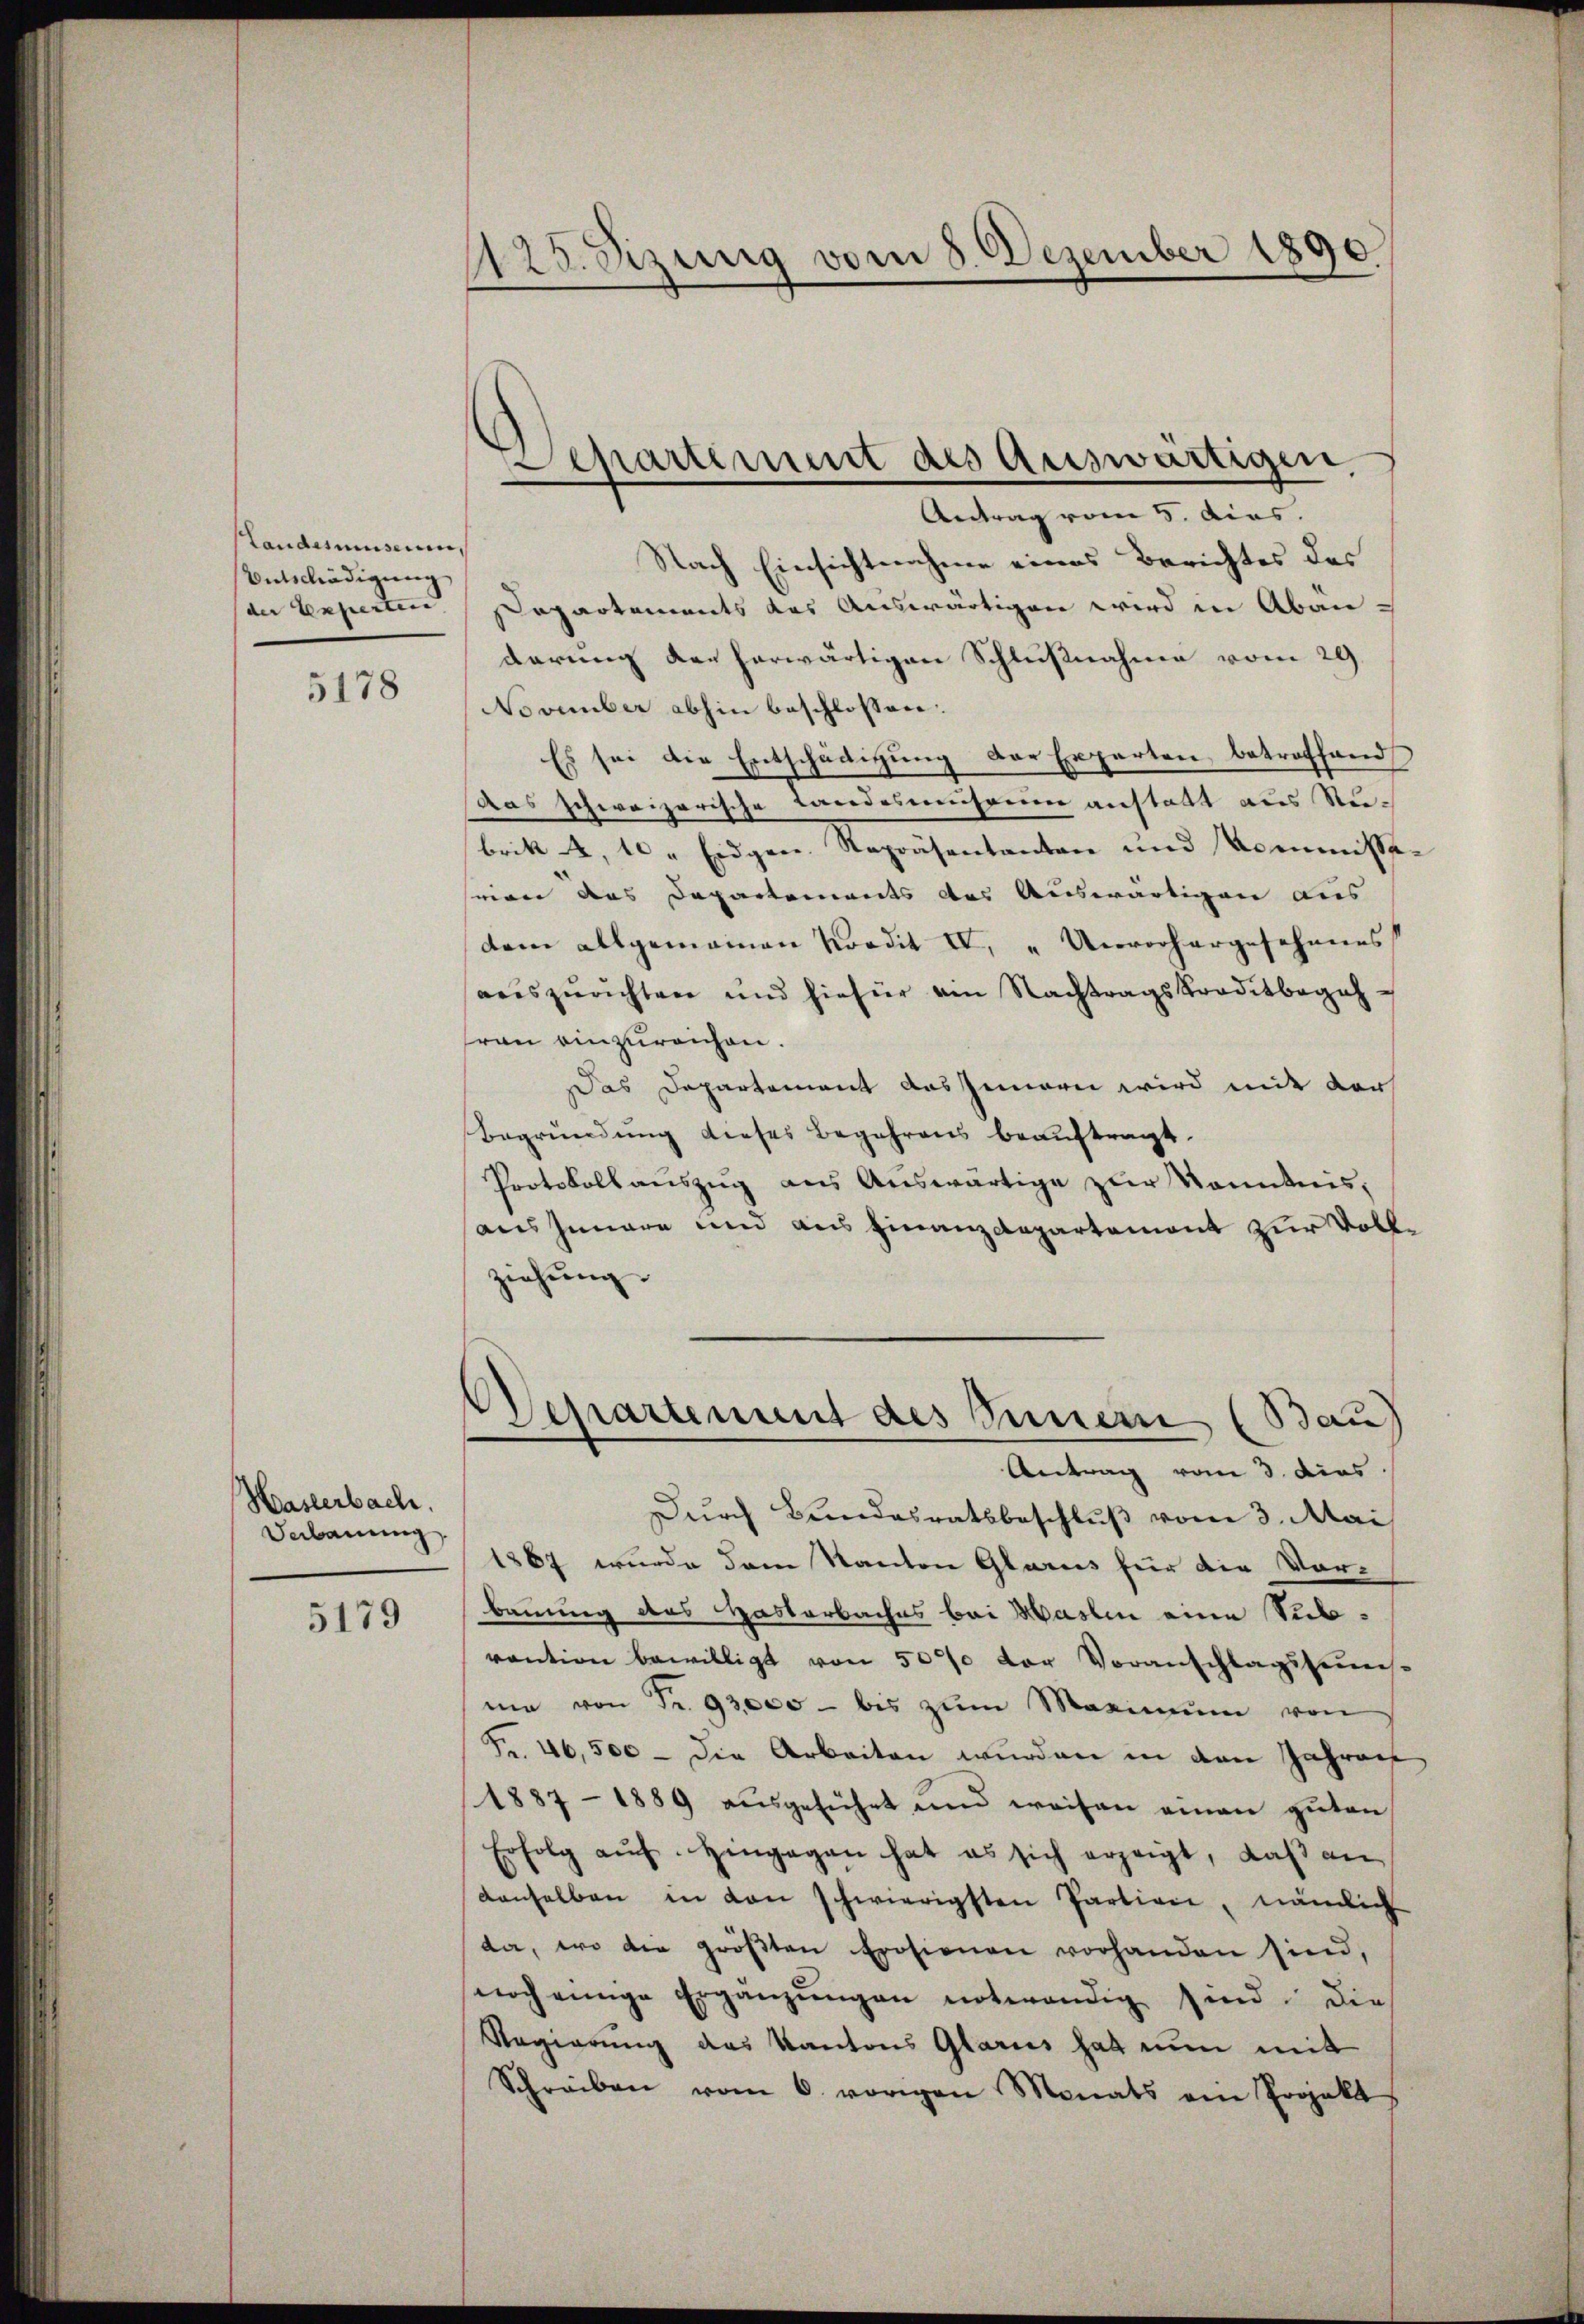
Landesmuseum,
Entschädigŭng
der Experteie

5178

Haslerbach.
Bebauung

5179

125. Sizung vom 8. Dezember 1890.

Nach Einsichtnahme eines Berichtes des
Departements das Auswärtigen wird in Abanderung der herwärtigen Schlußnahme vom 29.
November abhin beschlossen:
Es sei die Entschädigung der Experten betroffend
das schweizerische Landesmuseum anstatt aus Se-
britt 4, 1 Eidgen. Repräsentanten und Kommisseseien das Departements des Auswärtigen aus |
dem allgemeinen Nordit IV, „Unvorhergesehenes
auszurichten und hiefür von Nachtragskreditbegehran einzureichen.
Das Departement aus Zimerei wird mit der
Begründung dieses Begehrens beauftragt.
Protokoll aŭszŭg ans Auswärtige zur Kenntnis,
aus Innere und aus Finanzdepartement zur Vollziehung.
Separtement des Innern (Bau
Antrag vom 3. dies
Durch Bundesratsbeschluß vom 3. Mai
1867 wurde dem Kanton Glarus für die Vor-
bauung des Hastarbaches bei Haslin eine Subvaution bewilligt von 50% der Voranschlagssummis-
me von Fr. 93000 - bis zŭm Maximŭm von
Fr. 46,500 — Die Arbeiten wurden in den Jahren
1887 - 1889 aŭsgeführt und weisen einen gŭten
Erfolg aŭf hingegen hat es sich erzeigt, daβ an
denselben in den schwierigsten Partien, nämlich
da, wo die größten Erosienen vorhanden sind,
noch einige Ergänzŭngen notwendig sind. Die
Regierung des Kantons Glarus hat nun mit
Schreiben vom 6. vorigen Monats am Projekt

Departement des Auswärtigen
Antrag vom 5. dies.